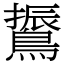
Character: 䳲